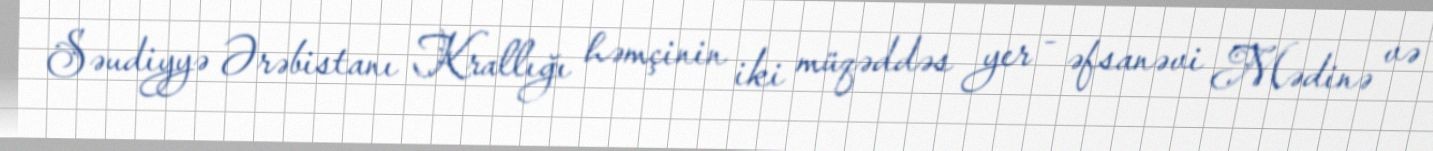
Səudiyyə Ərəbistanı Krallığı həmçinin iki müqəddəs yer - əfsanəvi Mədinə və